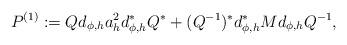
LaTeX: \begin{align*} P^{(1)} : = Q d_{\phi , h} a_h^2 d_{\phi , h}^{*} Q^{*} + ( Q^{- 1} )^{*} d_{\phi , h}^{*} M d_{\phi , h} Q^{-1} ,\end{align*}